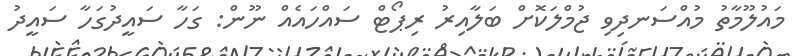
މައުލޫމާތު މުއްސަނދިވި ޖުމްލަކޮށް ބަލާއިރު ރިޕޯޓް ސައްހައެއް ނޫން: ގަހާ ސައީދުގަހާ ސައީދު